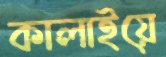
কালাইয়ে